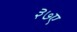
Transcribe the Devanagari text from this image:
३७ए